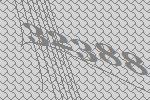
32388